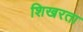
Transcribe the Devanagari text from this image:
शिखरता